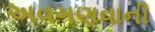
અવગણવાની